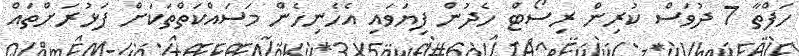
ހަފްތާ 7 ދުވަސް ކުރިން ރިސޯޓް ހެދުން ފިޔަވައި އެހެނިހެން މަސައްކަތްތަކަށް ފަޅުރަށްތައް